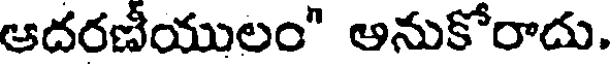
ఆదరణీయులం" ఆనుకోరాదు.